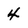
Character: 4